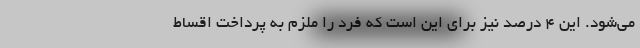
می‌شود. این ۴ درصد نیز برای این است که فرد را ملزم به پرداخت اقساط